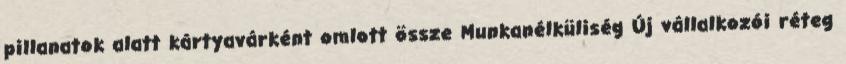
pillanatok alatt kártyavárként omlott össze Munkanélküliség Új vállalkozói réteg